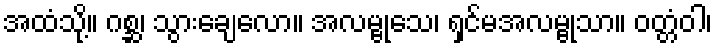
အထံသို့။ ဂစ္ဆ၊ သွားချေလော။ အလမ္ဗုသေ၊ ရှင်မအလမ္ဗုသာ။ ဝတ္တံဝါ၊